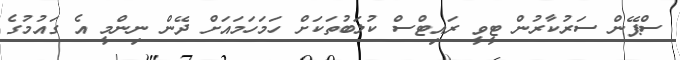
ސްޕޭން ސަރުކާރުން ޓީވީ ރައިޓްސް ކުލަބުތަކަށް ހަމަހަމައަށް ދޭން ނިންމީ އެ ގައުމުގެ